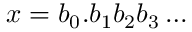
x = b _ { 0 } . b _ { 1 } b _ { 2 } b _ { 3 } \ldots